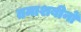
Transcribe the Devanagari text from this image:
तमाशबीनों